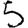
Digit: 5